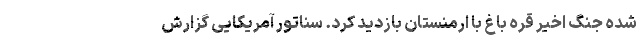
شده جنگ اخیر قره باغ با ارمنستان بازدید کرد. سناتور آمریکایی گزارش